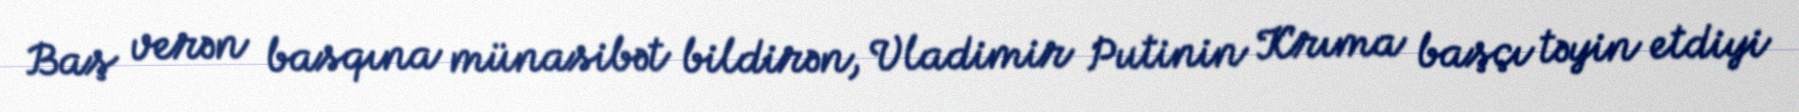
Baş verən basqına münasibət bildirən, Vladimir Putinin Krıma başçı təyin etdiyi